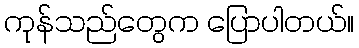
ကုန်သည်တွေက ပြောပါတယ်။